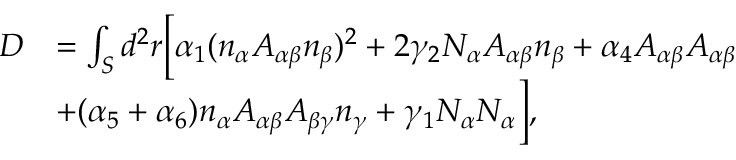
\begin{array} { r l } { D } & { = \int _ { S } d ^ { 2 } r \Big [ \alpha _ { 1 } ( n _ { \alpha } A _ { \alpha \beta } n _ { \beta } ) ^ { 2 } + 2 \gamma _ { 2 } N _ { \alpha } A _ { \alpha \beta } n _ { \beta } + \alpha _ { 4 } A _ { \alpha \beta } A _ { \alpha \beta } } \\ & { + ( \alpha _ { 5 } + \alpha _ { 6 } ) n _ { \alpha } A _ { \alpha \beta } A _ { \beta \gamma } n _ { \gamma } + \gamma _ { 1 } N _ { \alpha } N _ { \alpha } \Big ] , } \end{array}